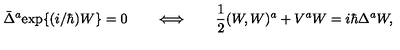
\bar { \Delta } ^ { a } \mathrm { e x p } \{ ( i / \hbar ) W \} = 0 \qquad \Longleftrightarrow \qquad \mathrm { \frac { 1 } { 2 } } ( W , W ) ^ { a } + V ^ { a } W = i \hbar \Delta ^ { a } W ,